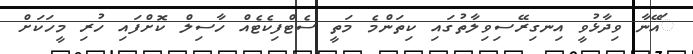
ައޭނާ ވިދާޅުވީ އިނގިރޭސިވިލާތުގައި ކިތަންމެ މަތީ ސެޓްފިކެޓެއް ހާސިލް ކޮށްފައި ހުރި މީހަކަށް